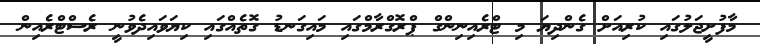
މާފުށީޖަލުގައި ކުރިއަށް ގެންދިޔަ މި ޓްރެއިނިންގް ޕްރޮގްރާމްގައި މައިގަނޑު ގޮތެއްގައި ކިޔަވައިދެވުނީ ރެސްޓްރެއިން